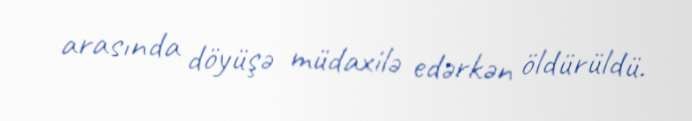
arasında döyüşə müdaxilə edərkən öldürüldü.